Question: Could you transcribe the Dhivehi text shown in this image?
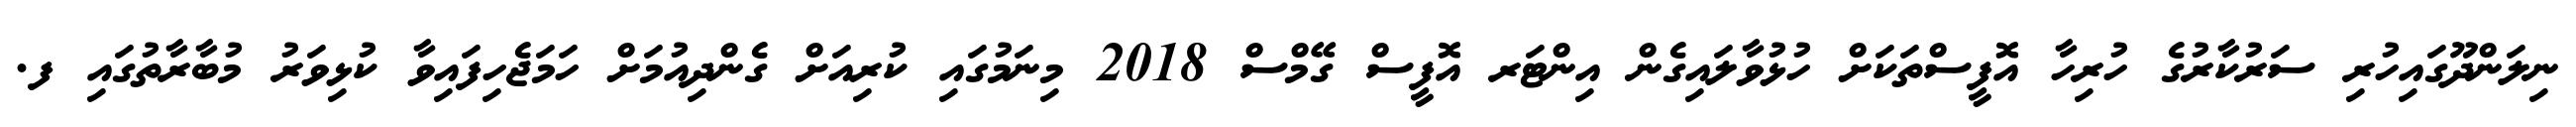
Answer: ނިލަންދޫގައިހުރި ސަރުކާރުގެ ހުރިހާ އޮފީސްތަކަށް ހުޅުވާލައިގެން އިންޓަރ އޮފީސް ގޭމްސް 2018 މިނަމުގައި ކުރިއަށް ގެންދިއުމަށް ހަމަޖެހިފައިވާ ކުޅިވަރު މުބާރާތުގައި ފ.